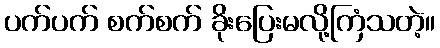
ပက်ပက် စက်စက် ခိုးပြေးမလို့ကြံသတဲ့။